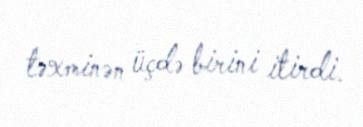
təxminən üçdə birini itirdi.